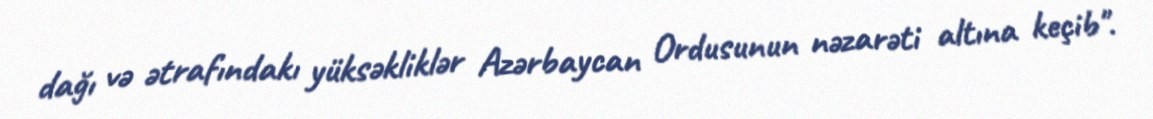
dağı və ətrafındakı yüksəkliklər Azərbaycan Ordusunun nəzarəti altına keçib".